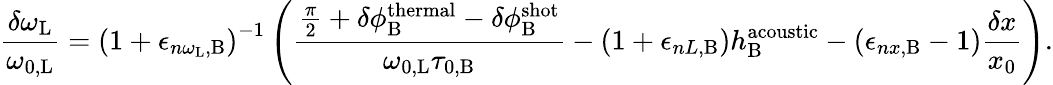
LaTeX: \frac{\delta\omega_{\mathrm{L}}}{\omega_{0,\mathrm{L}}}=\left(1+\epsilon_{n\omega_{\mathrm{L}},\mathrm{B}}\right)^{-1}\left(\frac{\frac{\pi}{2}+\delta\phi_{\mathrm{B}}^{\mathrm{thermal}}-\delta\phi_{\mathrm{B}}^{\mathrm{shot}}}{\omega_{0,\mathrm{L}}\tau_{0,\mathrm{B}}}-\left(1+\epsilon_{nL,\mathrm{B}}\right)h_{\mathrm{B}}^{\mathrm{acoustic}}-\left(\epsilon_{nx,\mathrm{B}}-1\right)\frac{\delta x}{x_{0}}\right).